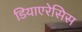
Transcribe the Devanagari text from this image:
डियाएरेसिस